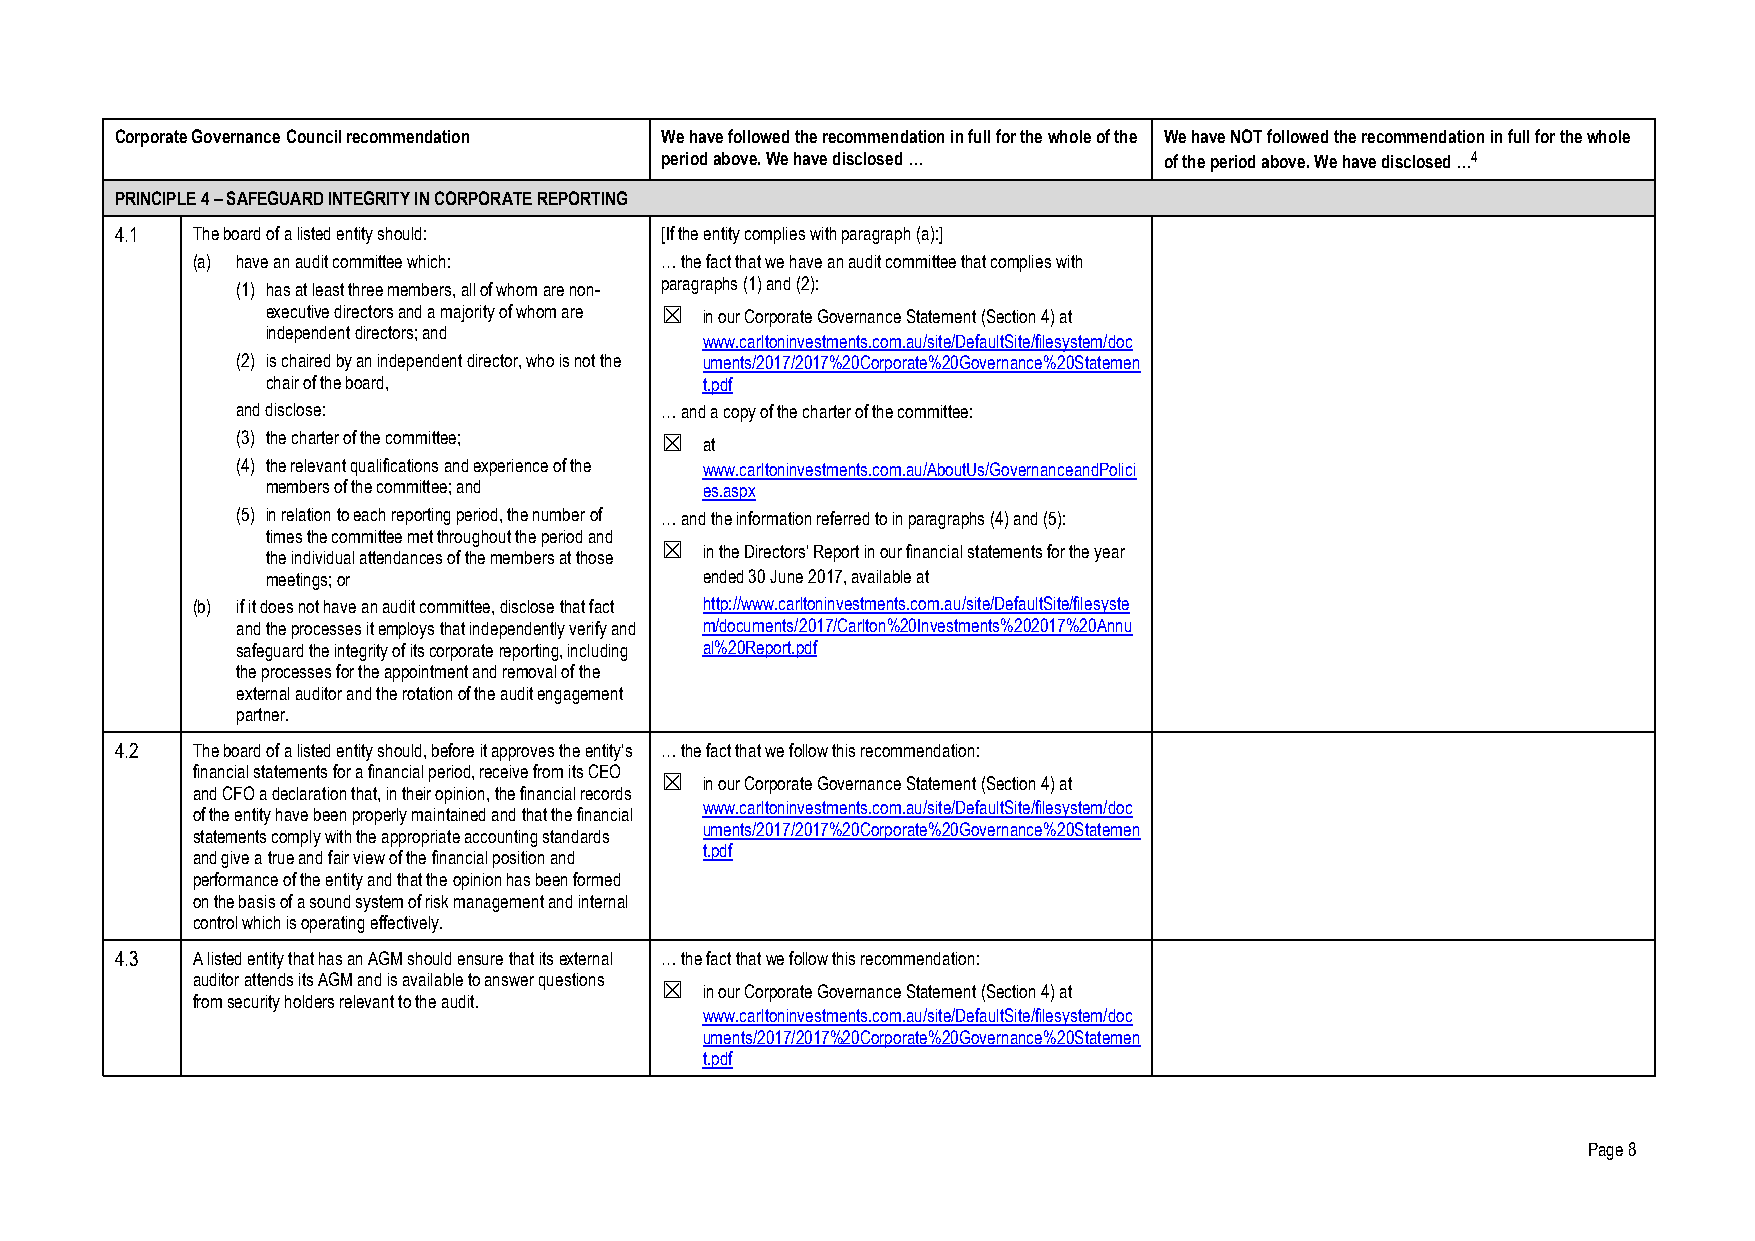
Corporate Governance Council recommendation We have followed the recommendation in full for the whole of the We have NOT followed the recommendation in full for the whole
 period above. We have disclosed … of the period above. We have disclosed …4
 PRINCIPLE 4 – SAFEGUARD INTEGRITY IN CORPORATE REPORTING
 4.1  The board of a listed entity should: [If the entity complies with paragraph (a):]
 (a) have an audit committee which: … the fact that we have an audit committee that complies with
 (1) has at least three members, all of whom are non- paragraphs (1) and (2):
 executive directors and a majority of whom are ☒ in our Corporate Governance Statement (Section 4) at
 independent directors; and
 www.carltoninvestments.com.au/site/DefaultSite/filesystem/doc
 (2) is chaired by an independent director, who is not the uments/2017/2017%20Corporate%20Governance%20Statemen
 chair of the board,          t.pdf
 and disclose:               … and a copy of the charter of the committee:
 (3) the charter of the committee; ☒ at
 (4) the relevant qualifications and experience of the www.carltoninvestments.com.au/AboutUs/GovernanceandPolici
 members of the committee; and es.aspx
 (5) in relation to each reporting period, the number of … and the information referred to in paragraphs (4) and (5):
 times the committee met throughout the period and
 the individual attendances of the members at those ☒ in the Directors’ Report in our financial statements for the year
 meetings; or                 ended 30 June 2017, available at
 (b) if it does not have an audit committee, disclose that fact http://www.carltoninvestments.com.au/site/DefaultSite/filesyste
 and the processes it employs that independently verify and m/documents/2017/Carlton%20Investments%202017%20Annu
 safeguard the integrity of its corporate reporting, including al%20Report.pdf
 the processes for the appointment and removal of the
 external auditor and the rotation of the audit engagement
 partner.
 4.2  The board of a listed entity should, before it approves the entity’s … the fact that we follow this recommendation:
 financial statements for a financial period, receive from its CEO
 ☒  in our Corporate Governance Statement (Section 4) at
 and CFO a declaration that, in their opinion, the financial records
 www.carltoninvestments.com.au/site/DefaultSite/filesystem/doc
 of the entity have been properly maintained and that the financial
 uments/2017/2017%20Corporate%20Governance%20Statemen
 statements comply with the appropriate accounting standards
 t.pdf
 and give a true and fair view of the financial position and
 performance of the entity and that the opinion has been formed
 on the basis of a sound system of risk management and internal
 control which is operating effectively.
 4.3  A listed entity that has an AGM should ensure that its external … the fact that we follow this recommendation:
 auditor attends its AGM and is available to answer questions
 ☒  in our Corporate Governance Statement (Section 4) at
 from security holders relevant to the audit.
 www.carltoninvestments.com.au/site/DefaultSite/filesystem/doc
 uments/2017/2017%20Corporate%20Governance%20Statemen
 t.pdf
 Page 8